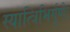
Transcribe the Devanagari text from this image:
स्यात्त्रिभिर्गुणैः